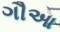
ગૌઆ